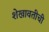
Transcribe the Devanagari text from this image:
शेखावतीची